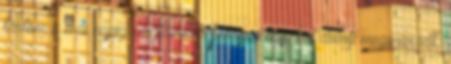
tartom a mai napig megtanulni. Persze egy-két dolog megmaradt,